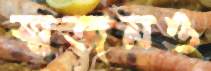
স্বজনও